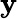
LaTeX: \boldsymbol{\mathbf{y}}